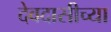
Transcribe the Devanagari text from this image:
देवदासीच्या